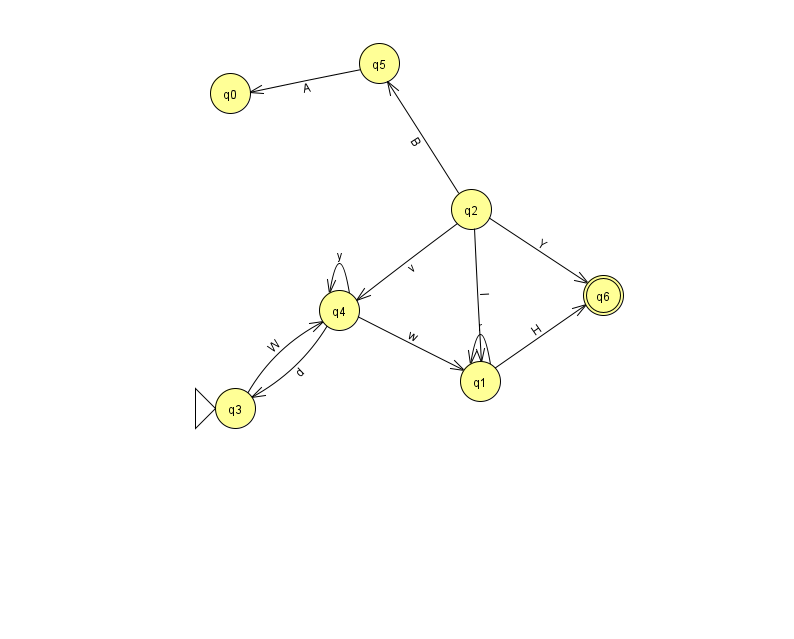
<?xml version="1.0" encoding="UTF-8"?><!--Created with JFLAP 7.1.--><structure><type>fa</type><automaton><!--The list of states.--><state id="0" name="q0"><x>230.0</x><y>80.0</y></state><state id="1" name="q1"><x>480.0</x><y>368.0</y></state><state id="2" name="q2"><x>471.0</x><y>196.0</y></state><state id="3" name="q3"><x>235.0</x><y>395.0</y><initial/></state><state id="4" name="q4"><x>339.0</x><y>297.0</y></state><state id="5" name="q5"><x>379.0</x><y>50.0</y></state><state id="6" name="q6"><x>603.0</x><y>282.0</y><final/></state><!--The list of transitions.--><transition><from>1</from><to>1</to><read>r</read></transition><transition><from>2</from><to>5</to><read>B</read></transition><transition><from>2</from><to>6</to><read>Y</read></transition><transition><from>4</from><to>1</to><read>w</read></transition><transition><from>3</from><to>4</to><read>W</read></transition><transition><from>4</from><to>4</to><read>y</read></transition><transition><from>4</from><to>3</to><read>d</read></transition><transition><from>1</from><to>6</to><read>H</read></transition><transition><from>2</from><to>4</to><read>v</read></transition><transition><from>2</from><to>1</to><read>l</read></transition><transition><from>5</from><to>0</to><read>A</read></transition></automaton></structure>